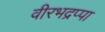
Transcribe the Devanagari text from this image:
वीरभद्रप्पा